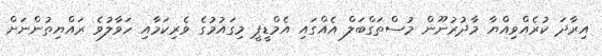
އިރާދަ ކުރެއްވިއްޔާ މާދުރުނޫން މުސްތަގްބަލް އެއްގައި އެމްޑީޕީ މިގައުމުގެ ވެރިކަމާއި ހަވާލުވެ ރައްޔިތުންނަށް